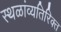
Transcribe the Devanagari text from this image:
स्थळांव्यतिरिक्त